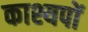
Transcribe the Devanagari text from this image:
काश्यपों